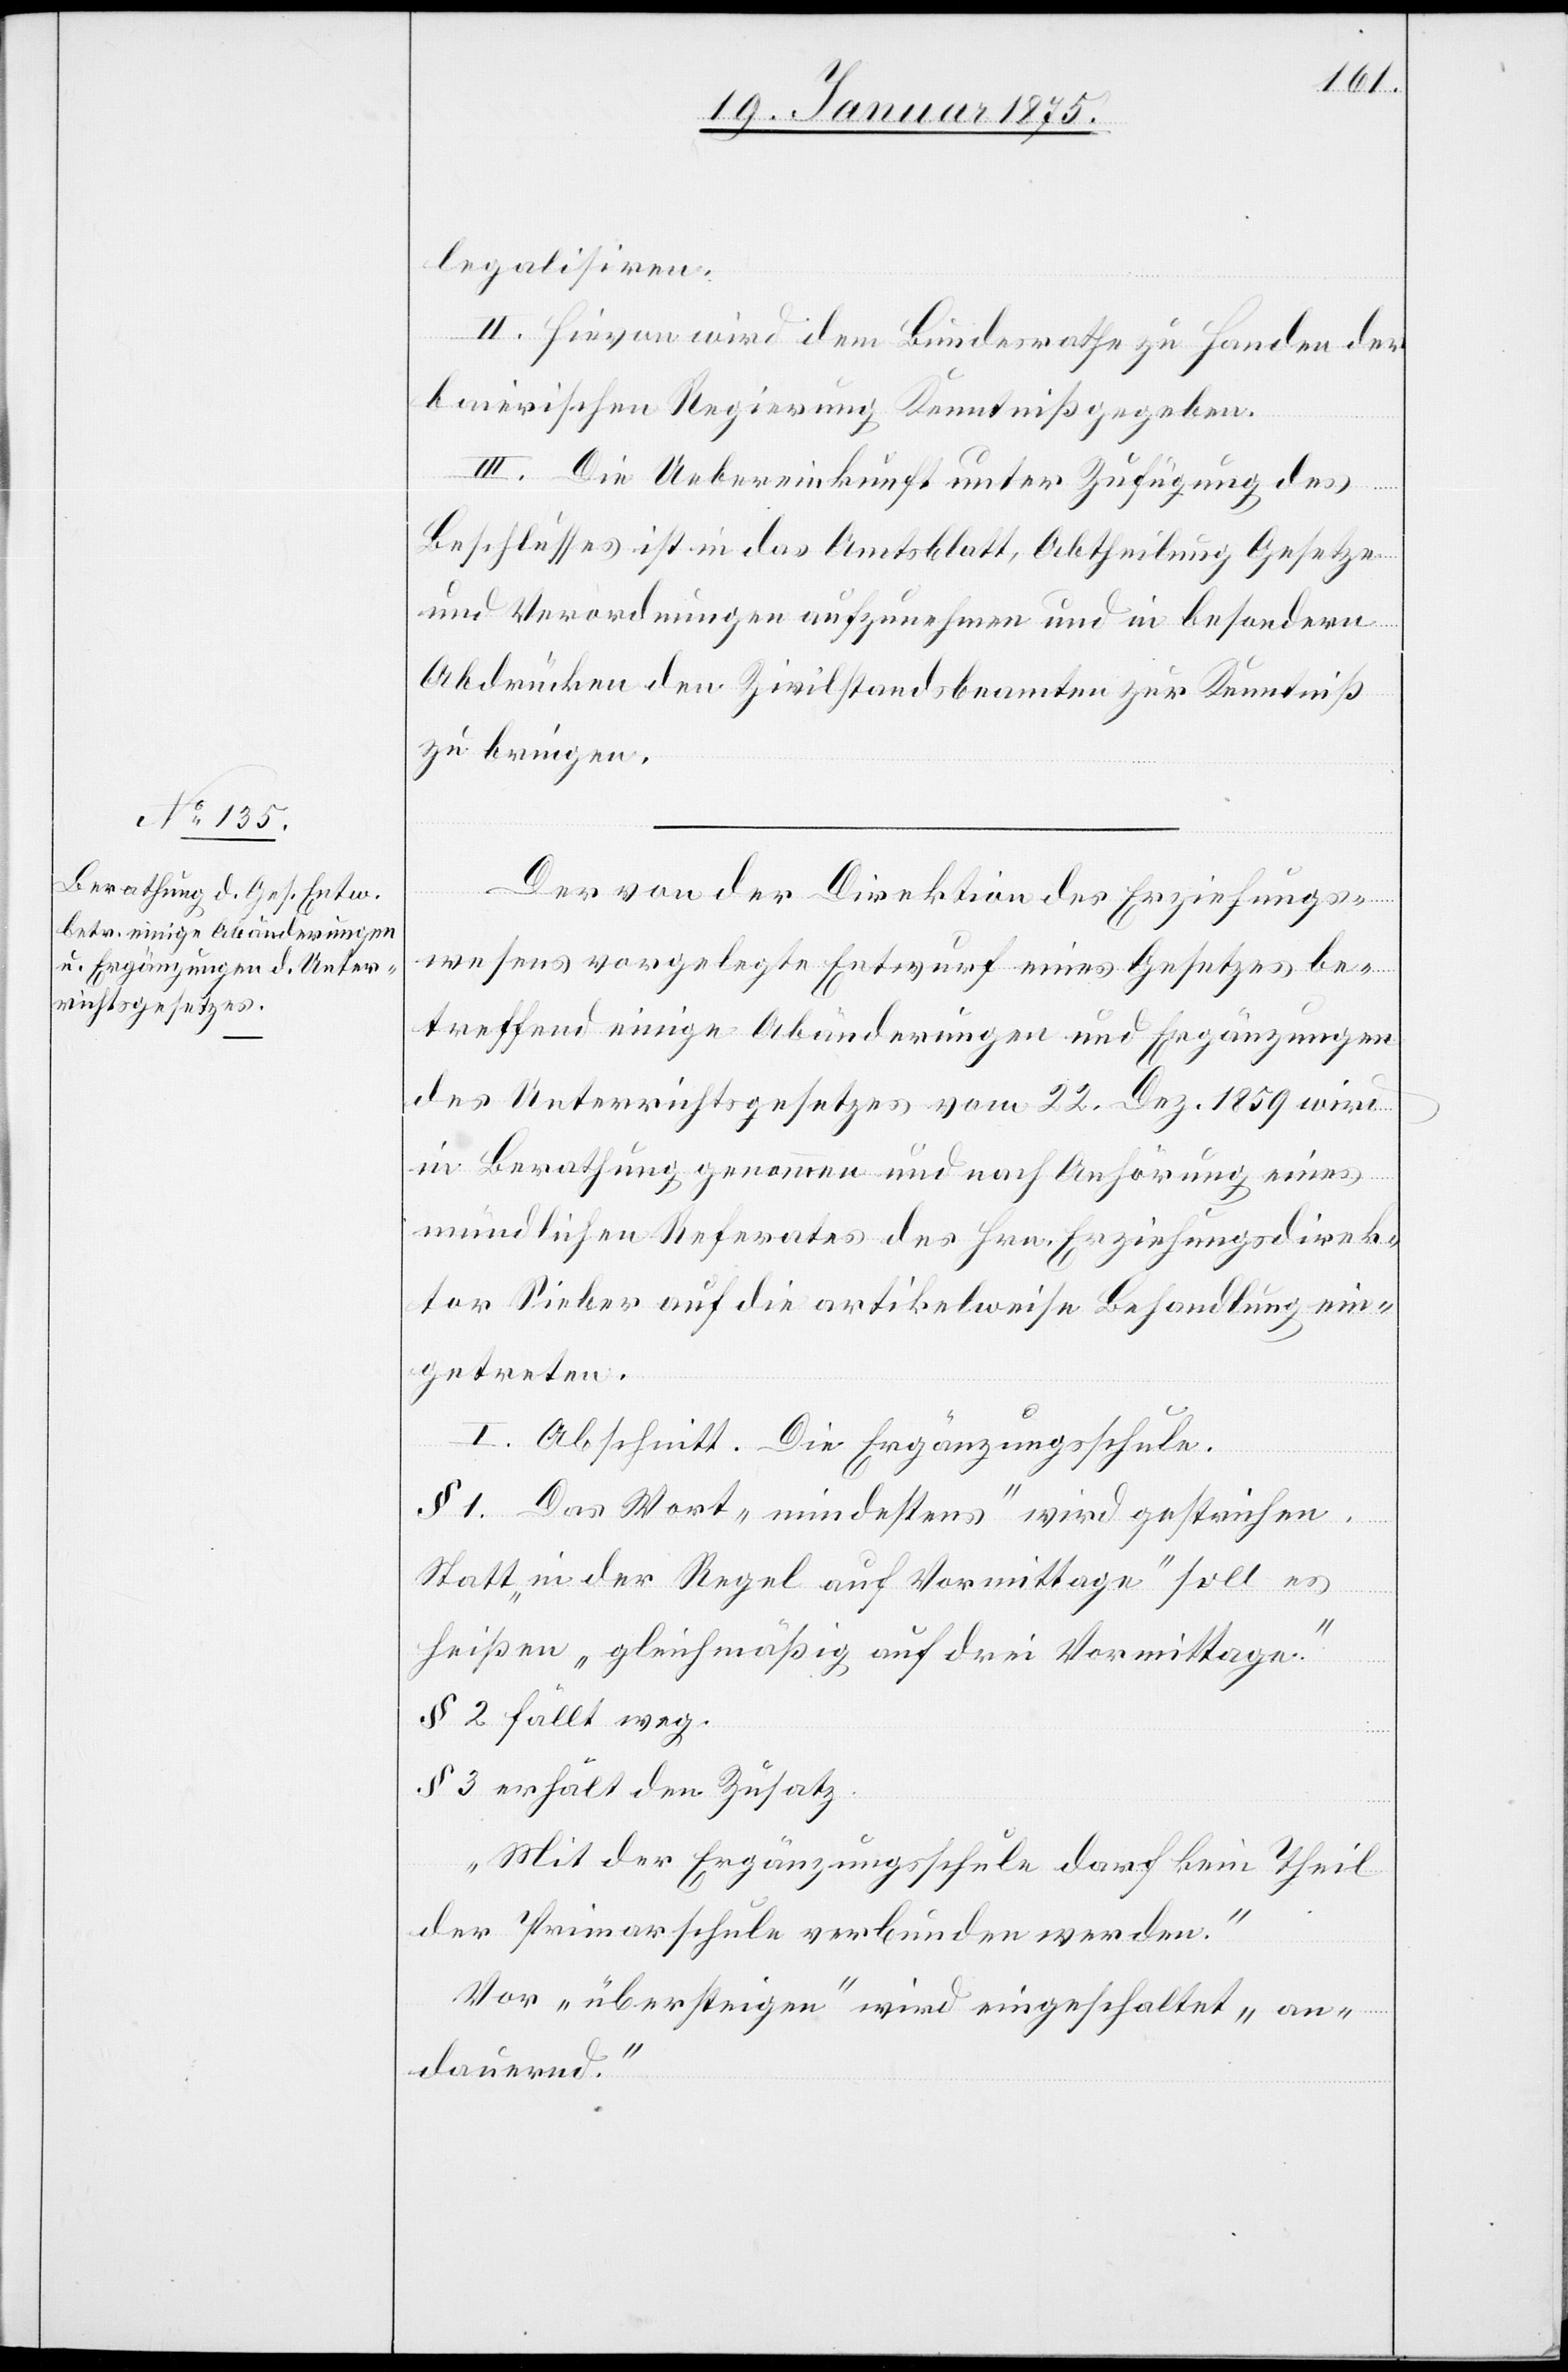
legalisiren.
II. Hievon wird dem Bundesrathe zu Handen der
baierischen Regierung Kenntniß gegeben.
III. Die Uebereinkunft unter Zufügung des
Beschlusses ist in das Amtsblatt, Abtheilung Gesetze
und Verordnungen aufzunehmen und in besondern
Abdrücken den Zivilstandsbeamten zur Kenntniß
zu bringen.
Der von der Direktion des Erziehungs¬
wesens vorgelegte Entwurf eines Gesetzes be¬
treffend einige Abänderungen und Ergänzungen
des Unterrichtsgesetzes vom 22. Dez. 1859 wird
in Berathung genommen und nach Anhörung eines
mündlichen Referates des Hrn. Erziehungsdirek¬
tor Sieber auf die artikelweise Behandlung ein¬
getreten.
I. Abschnitt. Die Ergänzungsschule.
§ 1. Das Wort „mindestens“ wird gestrichen.
Statt „in der Regel auf Vormittage“ soll es
heißen „gleichmäßig auf drei Vormittage.“
§ 2 fällt weg.
§ 3 erhält den Zusatz
„Mit der Ergänzungsschule darf kein Theil
der Primarschule verbunden werden.“
Vor „übersteigen“ wird eingeschaltet „an¬
dauernd.“